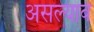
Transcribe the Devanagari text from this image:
असल्याबे